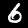
Digit: 6